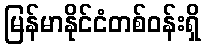
မြန်မာနိုင်ငံတစ်ဝန်းရှိ